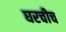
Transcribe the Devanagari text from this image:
घरचीच